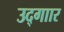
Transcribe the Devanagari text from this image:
उद्गाार